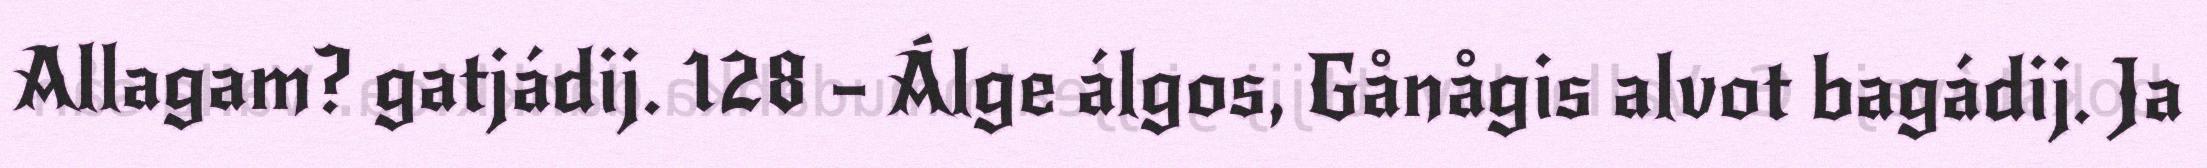
Allagam? gatjádij. 128 – Álge álgos, Gånågis alvot bagádij. Ja